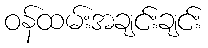
ဝန်ထမ်းအချင်းချင်း